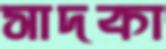
সাদকা